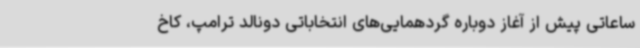
ساعاتی پیش از آغاز دوباره گردهمایی‌های انتخاباتی دونالد ترامپ، کاخ